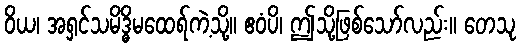
ဝိယ၊ အရှင်သမိဒ္ဓိမထေရ်ကဲ့သို့။ ဧဝံပိ၊ ဤသို့ဖြစ်သော်လည်း။ တေသု